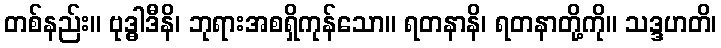
တစ်နည်း။ ဗုဒ္ဓါဒီနိ၊ ဘုရားအစရှိကုန်သော။ ရတနာနိ၊ ရတနာတို့ကို။ သဒ္ဒဟတိ၊